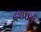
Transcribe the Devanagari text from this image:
दशधर्म